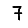
Digit: 7